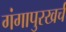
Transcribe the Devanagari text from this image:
गंगापुरखर्च